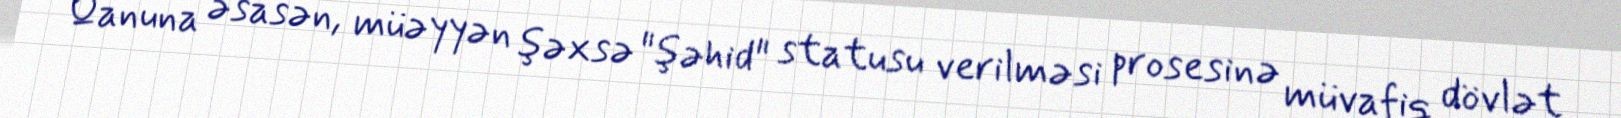
Qanuna əsasən, müəyyən şəxsə "şəhid" statusu verilməsi prosesinə müvafiq dövlət